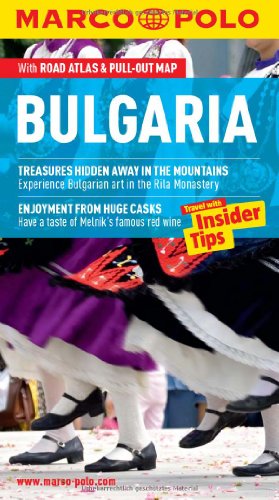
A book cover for Bulgaria Marco Polo Guide (Marco Polo Guides); Marco Polo Travel; Travel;